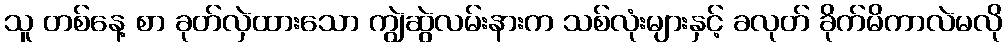
သူ တစ်နေ့ စာ ခုတ်လှဲထားသော ကျွဲဆွဲလမ်းနားက သစ်လုံးများနှင့် ခလုတ် ခိုက်မိကာလဲမလို